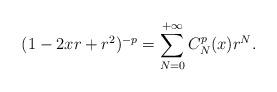
LaTeX: \begin{align*}(1-2xr+r^2)^{-p}= \sum_{N=0}^{+\infty} C_{N}^{p}(x) r^N.\end{align*}